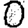
Digit: 0